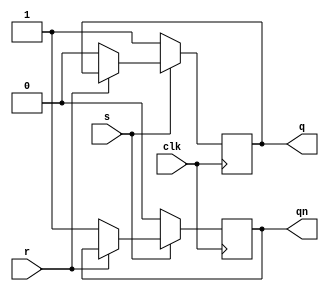
module rs_latch_clock_nand_behav(r,s,q,qn,clk);
  input r,s,clk;
  output reg q, qn;

  always @ (posedge clk)
    begin
      if(s==0)
        begin
          q <= 1;
          qn <= 0;
        end
      else if(r==0)
        begin
          q <= 0;
          qn <= 1;
        end
      else if(s==1 & r==1)
        begin
          q <= q;
          qn <= qn;
        end
      //else if(s==0 & s==0)
    end
endmodule